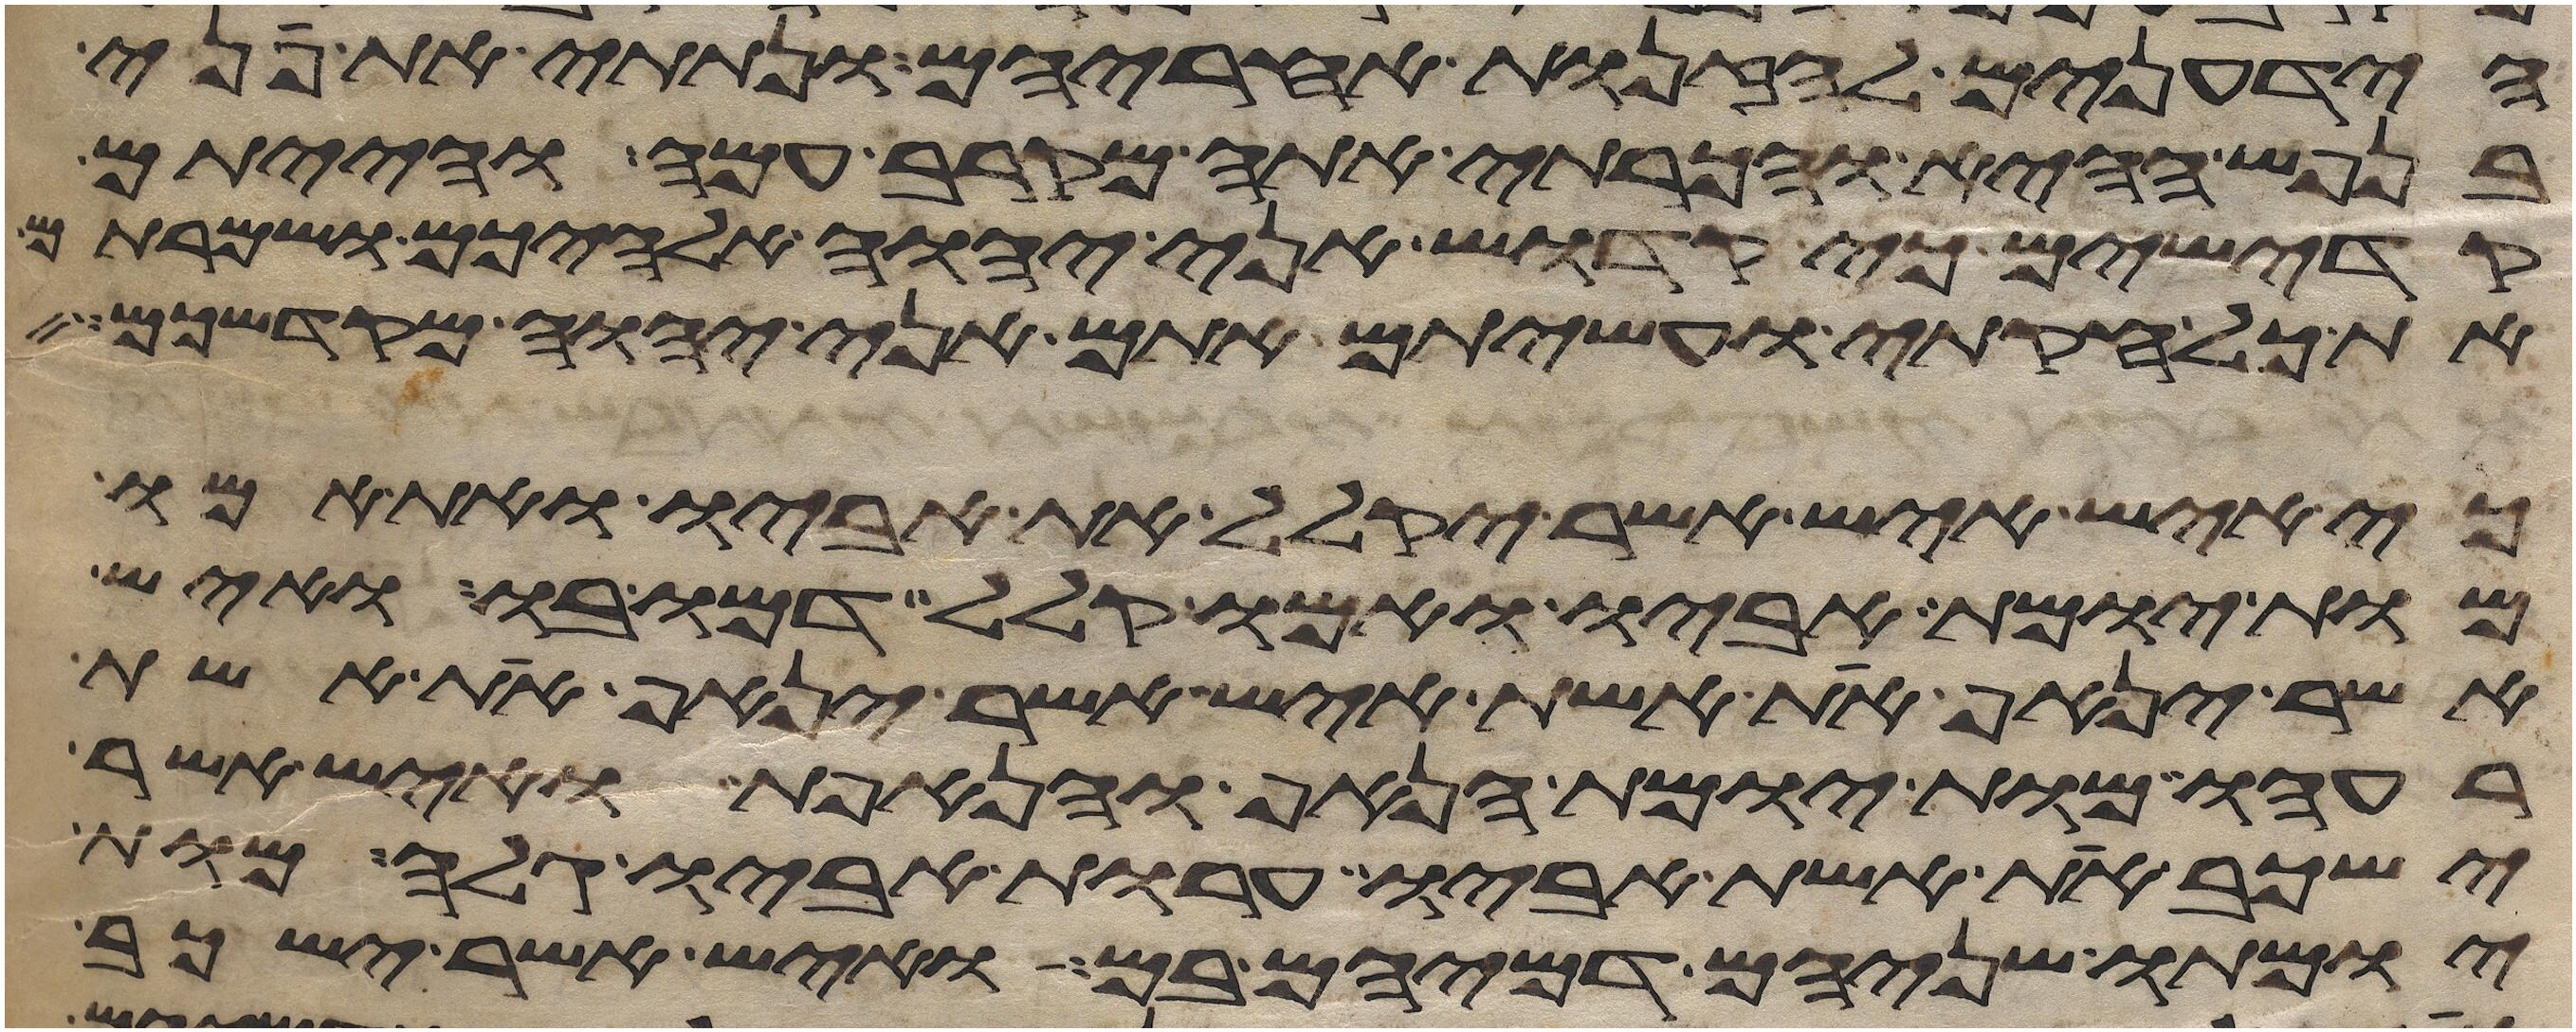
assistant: הידעונים לזנות אחריהם ונתתי את פני
בנפש ההיא והכרתי אתה מקרב עמה והייתם
קדישים כי קדוש אני יהוה אלהיכם ושמרתם
את כל חקותי ועשיתם אתם אני יהוה מקדשכם
כי איש איש אשר יקלל את אביו ואת אמו
מות יומת אביו ואמו קלל דמו בו ואיש
אשר ינאף את אשת איש אשר ינאף את אשת
רעהו מות יומת הנאף והנאפת ואיש אשר
ישכב את אשת אביו ערות אביו גלה מות
יומתו שניהם דמיהם בם ואיש אשר ישכב